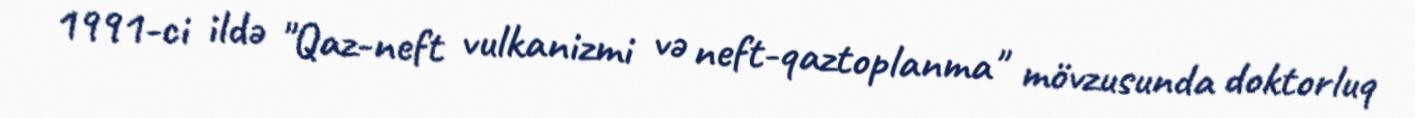
1991-ci ildə "Qaz-neft vulkanizmi və neft-qaztoplanma" mövzusunda doktorluq